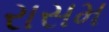
રાસમ